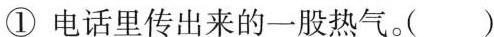
① 电话里传来的一股热气，( )